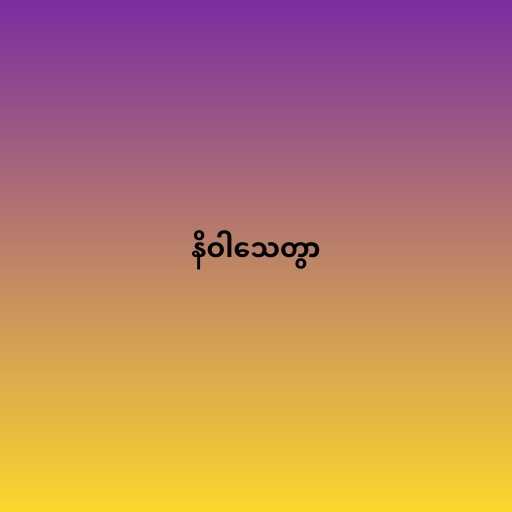
နိဝါသေတွာ